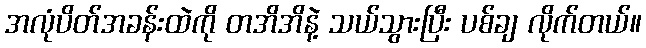
အလုံပိတ်အခန်းထဲကို တအိအိနဲ့ သယ်သွားပြီး ပစ်ချ လိုက်တယ်။